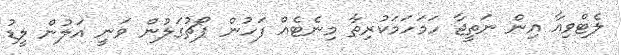
ލެޓްވިއާ އިން ނަތީޖާ ހަމަހަމަކުރިތާ މިނެޓެއް ފަހުން ޕޯޗުގަލުން ވަނީ އަލުން ލީޑު